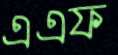
এএফ